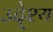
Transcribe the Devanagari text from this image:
उदे्श्य